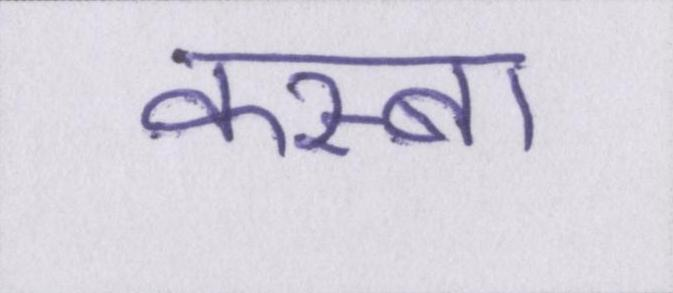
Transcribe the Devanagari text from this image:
कस्बा